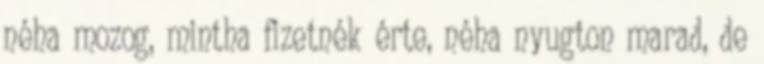
néha mozog, mintha fizetnék érte, néha nyugton marad, de